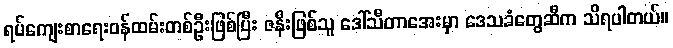
ရပ်ကျေးစာရေးဝန်ထမ်းတစ်ဦးဖြစ်ပြီး ဇနီးဖြစ်သူ ဒေါ်သီတာအေးမှာ ဒေသခံတွေဆီက သိရပါတယ်။